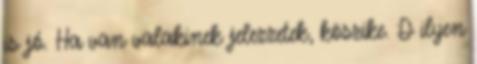
is jó. Ha van valakinek jelezzetek, köszike. :D ilyen